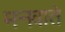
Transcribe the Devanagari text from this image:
मनवाते